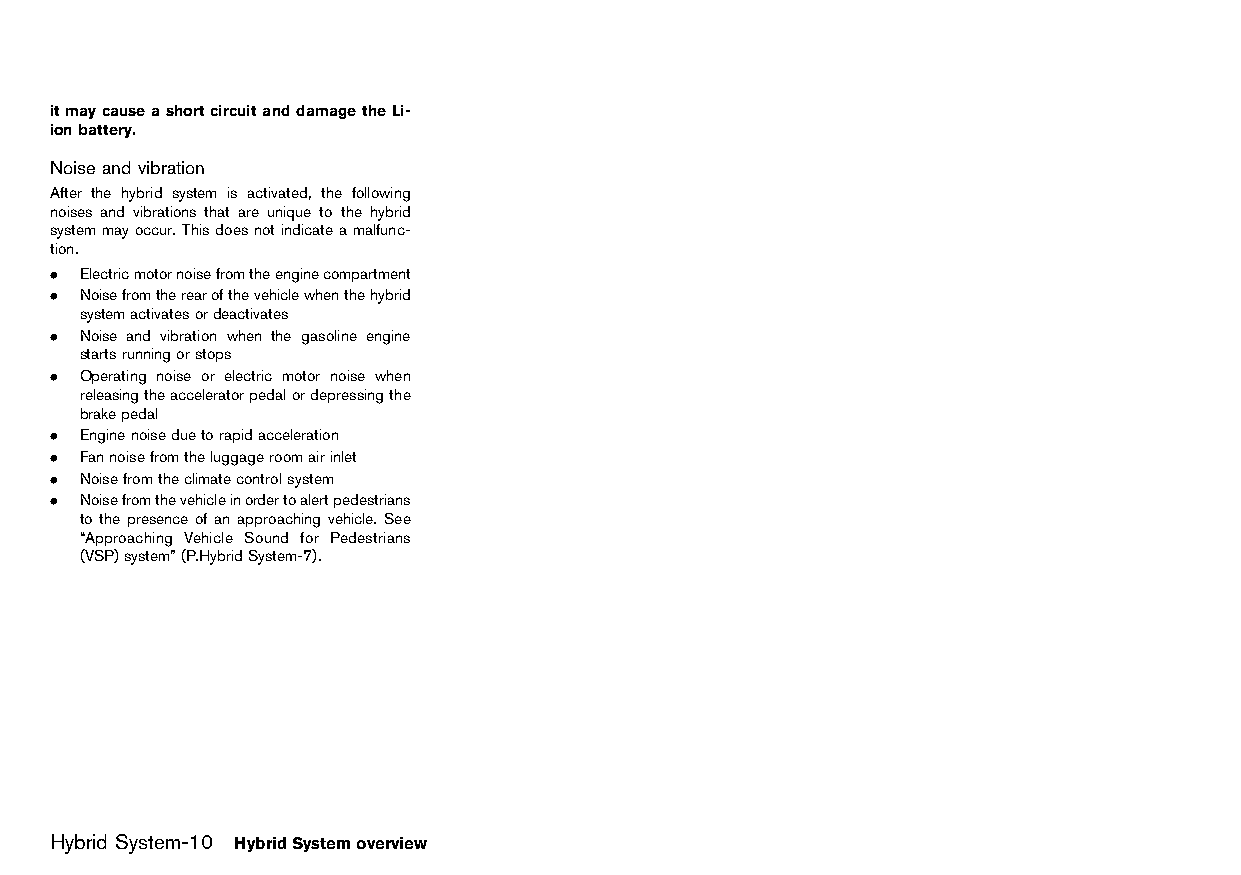
(14,1)
 itmaycauseashortcircuitanddamagetheLi-
 ionbattery.
 Noiseand vibration
 GUID-B07181BA-3A58-4641-A218-0307B8F5CAF2
 After the hybrid system is activated, the following
 noises and vibrations that are unique to the hybrid
 systemmayoccur.Thisdoesnotindicateamalfunc-
 tion.
 . Electricmotornoisefromtheenginecompartment
 . Noisefromtherearofthevehiclewhenthehybrid
 systemactivatesordeactivates
 . Noise and vibration when the gasoline engine
 startsrunningorstops
 . Operating noise or electric motor noise when
 releasingtheacceleratorpedalordepressingthe
 brakepedal
 . Enginenoiseduetorapidacceleration
 . Fannoisefromtheluggageroomairinlet
 . Noisefromtheclimatecontrolsystem
 . Noisefromthevehicleinordertoalertpedestrians
 to the presence of an approaching vehicle. See
 “Approaching Vehicle Sound for Pedestrians
 (VSP)system”(P.HybridSystem-7).
 Hybrid System-10 HybridSystemoverview
 Condition:                        [Edit:2015/8/24 Model: HT32-A]